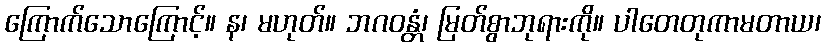
ကြောက်သောကြောင့်။ န၊ မဟုတ်။ ဘဂဝန္တံ၊ မြတ်စွာဘုရားကို။ ပါတေတုကာမတာယ၊